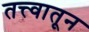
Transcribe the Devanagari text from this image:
तत्त्वातून